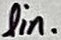
Text: lin.